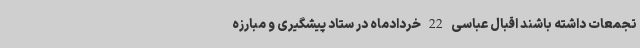
تجمعات داشته باشند اقبال عباسی 22 خردادماه در ستاد پیشگیری و مبارزه